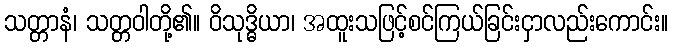
သတ္တာနံ၊ သတ္တဝါတို့၏။ ဝိသုဒ္ဓိယာ၊ အထူးသဖြင့်စင်ကြယ်ခြင်းငှာလည်းကောင်း။